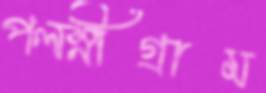
পলস্নীগ্রাম